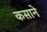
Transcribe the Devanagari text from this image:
कसाने